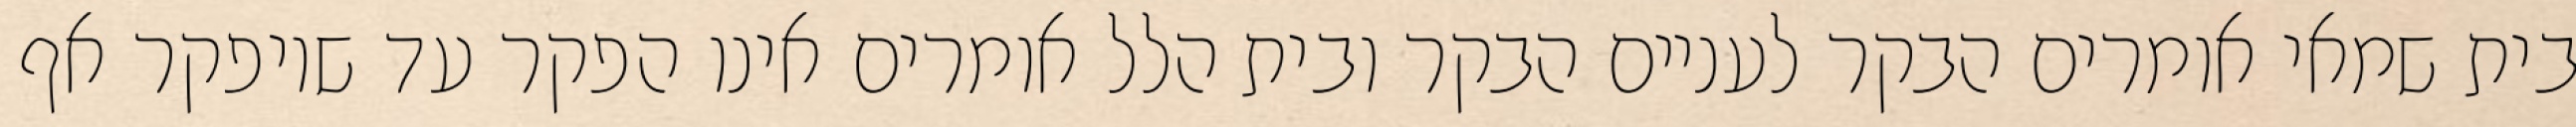
בית שמאי אומרים הבקר לעניים הבקר ובית הלל אומרים אינו הפקר עד שיופקר אף